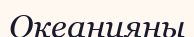
Океанияны